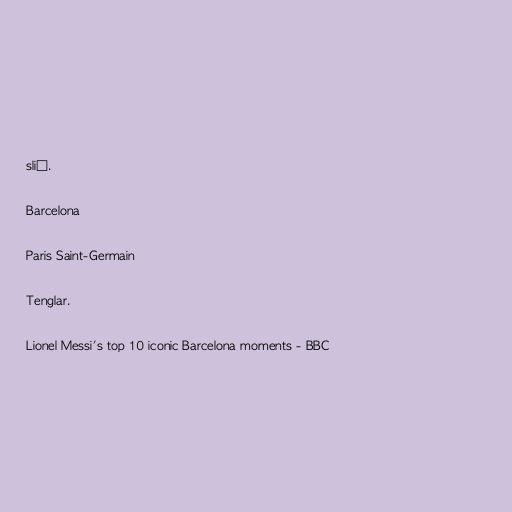
slið.

Barcelona

Paris Saint-Germain

Tenglar.

Lionel Messi's top 10 iconic Barcelona moments - BBC